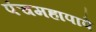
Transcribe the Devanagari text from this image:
पंचमहापापे